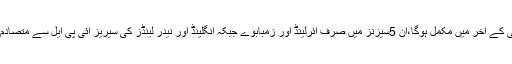
آئندہ سال سے 2023تک بھارتی لیگ کا ہر ایڈیشن مارچ کے آخر میں شروع ہوکر مئی کے آخر میں مکمل ہوگا،ان 5سیزنز میں صرف آئرلینڈ اور زمبابوے جبکہ انگلینڈ اور نیدر لینڈز کی سیریز آئی پی ایل سے متصادم ہیں،ان کے سوا کوئی ٹیم آئی پی ایل کے دوران انٹرنیشنل کرکٹ نہیں کھیل رہی ہوگی۔